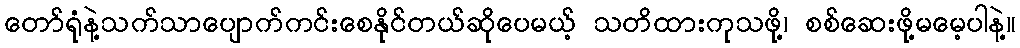
တော်ရုံနဲ့သက်သာပျောက်ကင်းစေနိုင်တယ်ဆိုပေမယ့် သတိထားကုသဖို့၊ စစ်ဆေးဖို့မမေ့ပါနဲ့။